Report on the working of the Ranchi Indian Mental Hospital, Kanke, in Bihar and Orissa - 1930-1940
Year: 1930
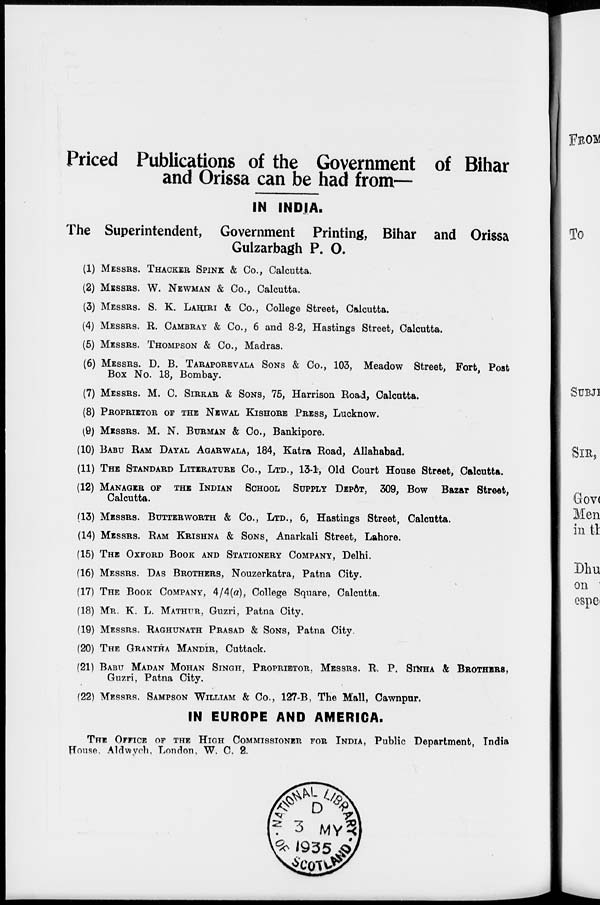
Priced Publications of the Government of Bihar
and Orissa can be had from—
IN INDIA.
The Superintendent, Government Printing, Bihar and Orissa
Gulzarbagh P. O.
(1) MESSRS. THACKER SPINK & Co., Calcutta.
(2) MESSRS. W. NEWMAN & Co., Calcutta.
(3) MESSRS. S. K. LAHIRI & Co., College Street, Calcutta.
(4) MESSRS. R. CAMBRAY & Co., 6 and 8-2, Hastings Street, Calcutta.
(5) MESSRS. THOMPSON & Co., Madras.
(6) MESSRS. D. B. TARAPOREVALA SONS & Co., 103, Meadow Street, Fort, Post
Box No. 18, Bombay.
(7) MESSRS. M. C. SIRKAR & SONS, 75, Harrison Road, Calcutta.
(8) PROPRIETOR OF THE NEWAL KISHORE PRESS, Lucknow.
(9) MESSRS. M. N. BURMAN & Co., Bankipore.
(10) BABU RAM DAYAL AGARWALA, 184, Katra Road, Allahabad.
(11) THE STANDARD LITERATURE Co., LTD., 13-1, Old Court House Street, Calcutta.
(12) MANAGER OF THE INDIAL SCHOOL SUPPLY DEPÔT, 309, Bow Bazar Street,
Calcutta.
(13) MESSRS. BUTTERWORTH & Co., LTD., 6, Hastings Street, Calcutta.
(14) MESSRS. RAM KRISHNA & SONS, Anarkali Street, Lahore.
(15) THE OXFORD BOOK AND STATIONERY COMPANY, Delhi.
(16) MESSRS. DAS BROTHERS, Nouzerkatra, Patna City.
(17) THE BOOK COMPANY, 4/4(a), College Square, Calcutta.
(18) MR. K. L. MATHUR, Guzri, Patna City.
(19) MESSRS. RAGHUNATH PRASAD & SONS, Patna City.
(20) THE GRANTHA MANDIR, Cuttack.
(21) BABU MADAN MOHAN SINGH, PROPRIETOR, MESSRS. R. P. SINHA & BROTHERS,
Guzri, Patna City.
(22) MESSRS. SAMPSON WILLIAM & Co., 127-B, The Mall, Cawnpur.
IN EUROPE AND AMERICA.
THE OFFICE OF THE HIGH COMMISSIONER FOR INDIA, Public Department, India
House, Aldwych, London, W. C. 2.